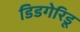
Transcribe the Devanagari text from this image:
डिडगेरिडू